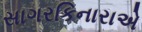
સાગરકિનારાએ